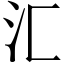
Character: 汇